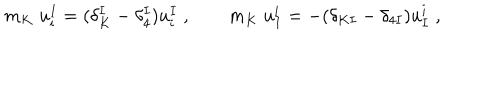
LaTeX: m _ { K } \; u _ { i } ^ { I } = ( \delta _ { K } ^ { I } - \delta _ { 4 } ^ { I } ) u _ { i } ^ { I } \; , \qquad m _ { K } \; u _ { I } ^ { i } = - ( \delta _ { K I } - \delta _ { 4 I } ) u _ { I } ^ { i } \; ,